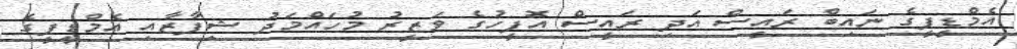
އެމްޑީޕީގެ ނައިބް ރައީސް އަދި ރައީސް އޮފީހުގެ ވަޒީރު މުހައްމަދު ޝިފާޒާއި އެމްޑީޕީގެ